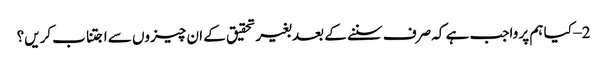
2 – کیا ہم پر واجب ہے کہ صرف سننے کے بعد بغیر تحقیق کے ان چیزوں سے اجتناب کریں؟